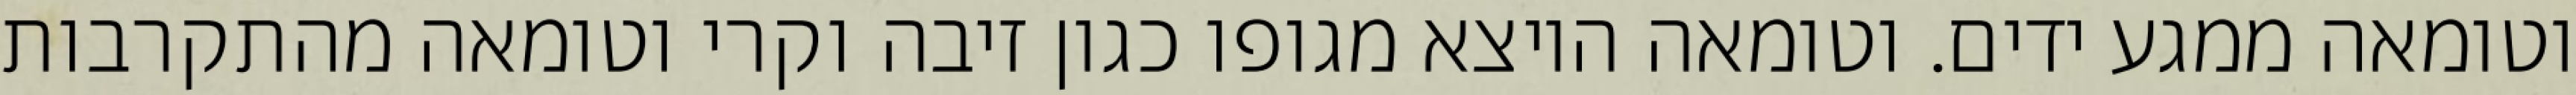
וטומאה ממגע ידים. וטומאה היוצא מגופו כגון זיבה וקרי וטומאה מהתקרבות